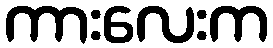
ကားလေးက